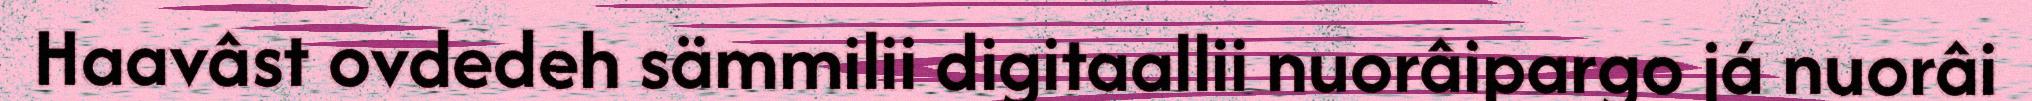
Haavâst ovdedeh sämmilii digitaallii nuorâipargo já nuorâi